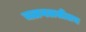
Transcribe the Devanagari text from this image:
चळवळतीलच